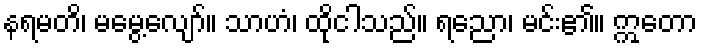
နရမတိ၊ မမွေ့လျော်။ သာဟံ၊ ထိုငါသည်။ ရညော၊ မင်း၏။ ဣတော